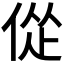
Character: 𫢴